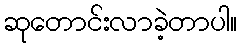
ဆုတောင်းလာခဲ့တာပါ။